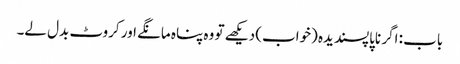
باب : اگر ناپاپسندیدہ (خواب) دیکھے تو وہ پناہ مانگے اور کروٹ بدل لے۔